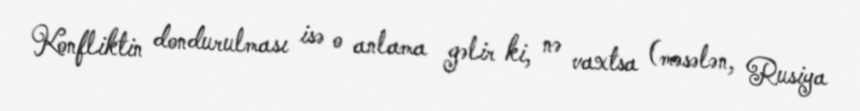
Konfliktin dondurulması isə o anlama gəlir ki, nə vaxtsa (məsələn, Rusiya